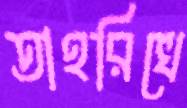
তাহরিখে